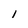
Character: 1